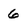
Character: 6